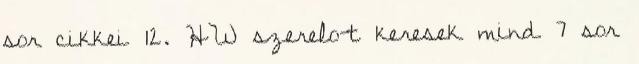
sor cikkei 12. HW szerelo-t keresek mind 7 sor